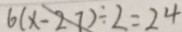
6 ( x - 2 7 ) \div 2 = 2 4